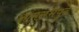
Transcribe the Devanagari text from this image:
आमसभेपुढे